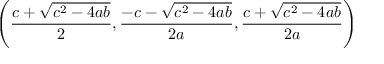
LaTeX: \left( { \frac { c + { \sqrt { c ^ { 2 } - 4 a b } } } { 2 } } , { \frac { - c - { \sqrt { c ^ { 2 } - 4 a b } } } { 2 a } } , { \frac { c + { \sqrt { c ^ { 2 } - 4 a b } } } { 2 a } } \right)